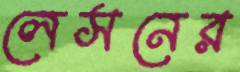
লেসনের